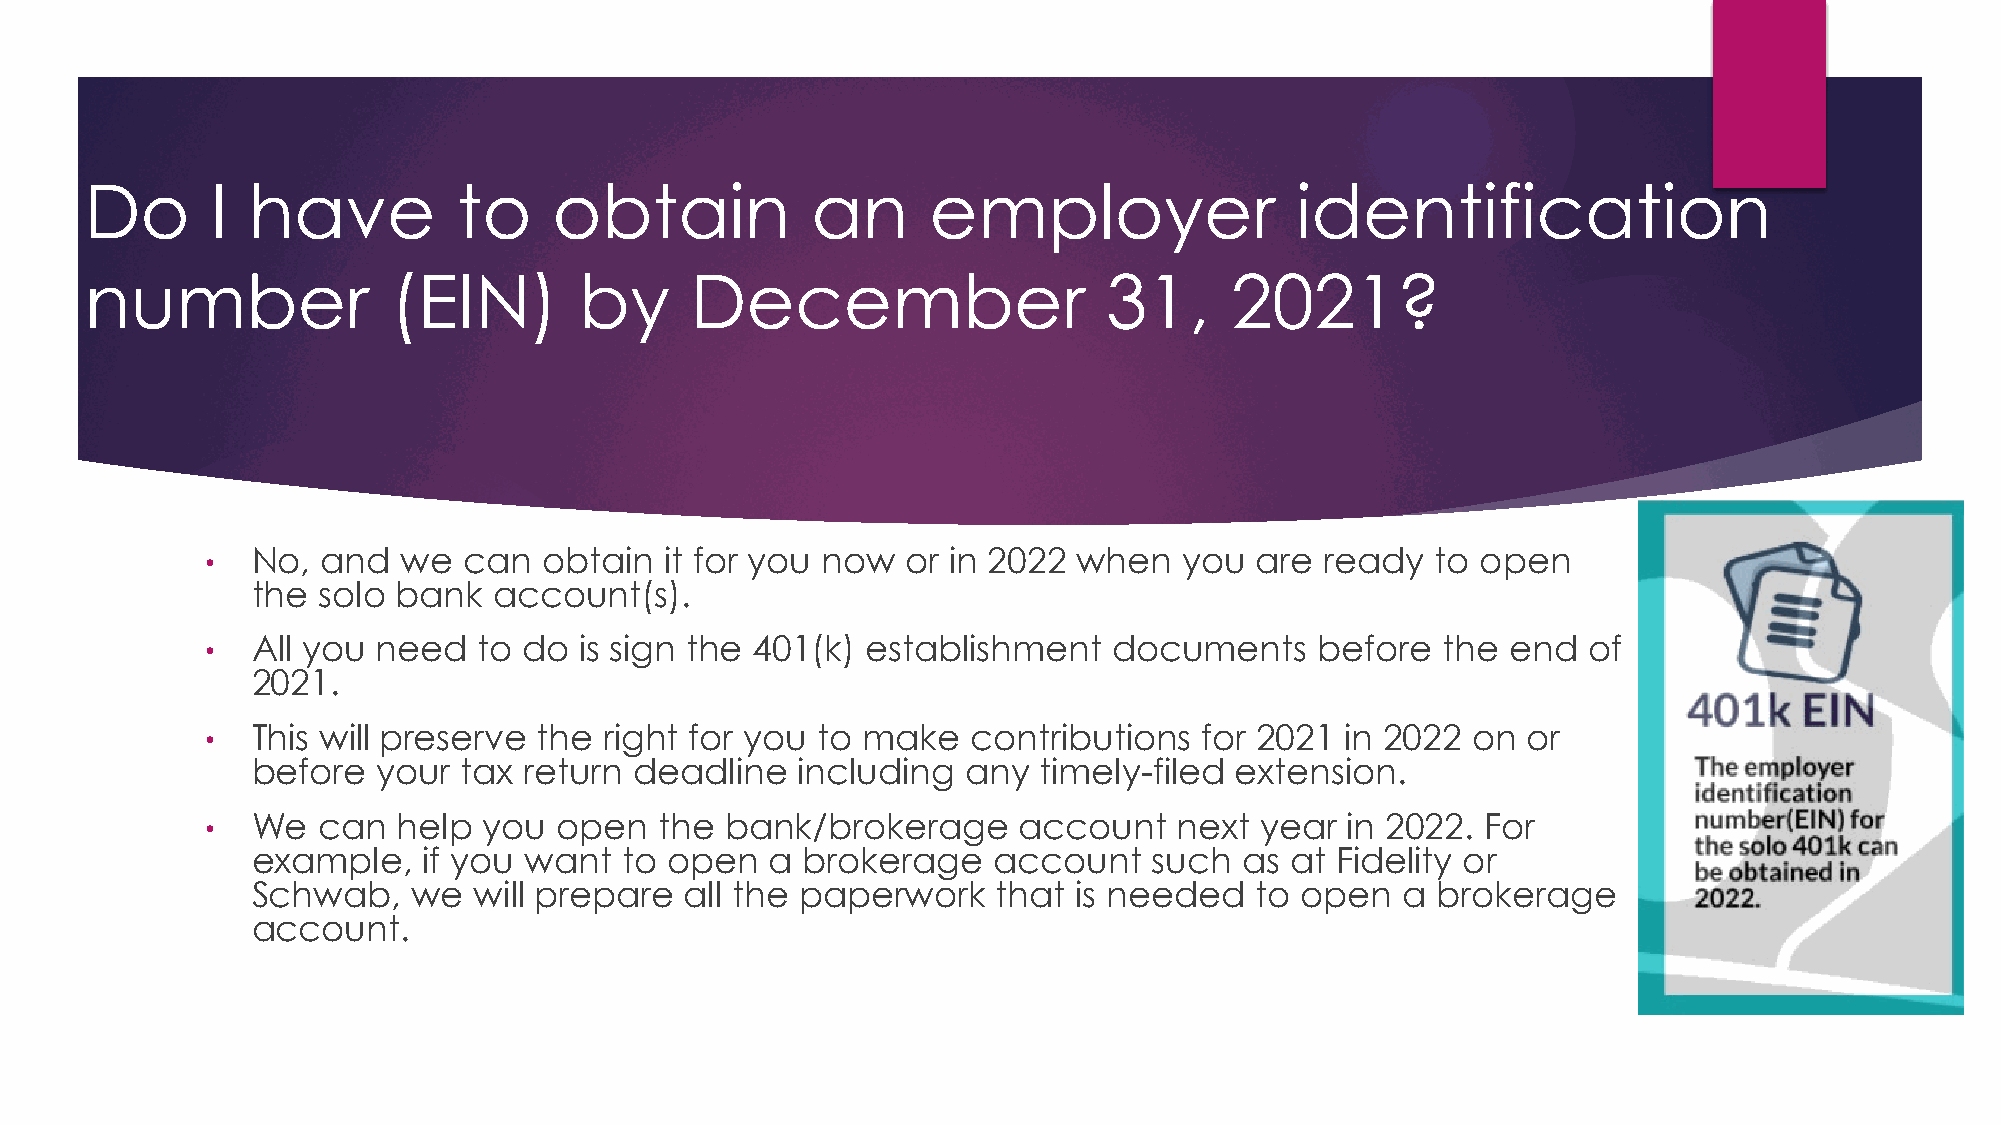
Do      I have          to     obtain           an     employer                 identification
 number              (EIN)       by      December                   31,     2021?
 •  No, and   we  can  obtain  it for you now  or in 2022 when   you  are  ready  to open
 the solo bank   account(s).
 •  All you need   to do is sign the 401(k) establishment    documents    before  the  end  of
 2021.
 •  This will preserve the right for you to make   contributions   for 2021 in 2022 on  or
 before  your  tax return deadline   including  any  timely-filed extension.
 •  We  can  help  you  open   the bank/brokerage     account    next year  in 2022. For
 example,   if you want  to open   a brokerage    account   such  as at Fidelity or
 Schwab,   we  will prepare  all the paperwork    that is needed   to open   a brokerage
 account.